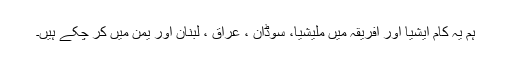
ہم یہ کام ایشیا اور افریقہ میں ملیشیا، سوڈان ، عراق ، لبنان اور یمن میں کر چکے ہیں۔